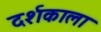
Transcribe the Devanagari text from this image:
दर्शकाला